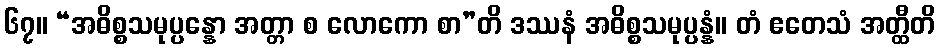
၆၇။ “အဓိစ္စသမုပ္ပန္နော အတ္တာ စ လောကော စာ”တိ ဒဿနံ အဓိစ္စသမုပ္ပန္နံ။ တံ ဧတေသံ အတ္ထီတိ